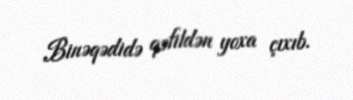
Binəqədidə qəfildən yoxa çıxıb.